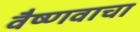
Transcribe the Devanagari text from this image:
वैष्णवाचा